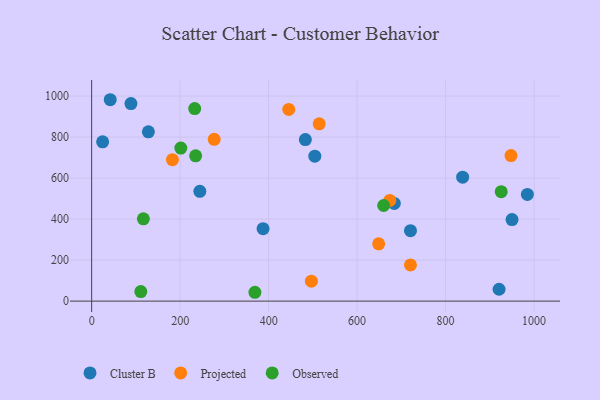
{"axis": {"x": "Distance", "y": "Sales"}, "legend": ["Cluster B", "Observed", "Projected"], "data": [{"x": "244.5", "y": 535.4, "type": "Cluster B"}, {"x": "984.8", "y": 520.5, "type": "Cluster B"}, {"x": "88.8", "y": 963.3, "type": "Cluster B"}, {"x": "128.2", "y": 825.6, "type": "Cluster B"}, {"x": "720.6", "y": 343.4, "type": "Cluster B"}, {"x": "504.4", "y": 706.7, "type": "Cluster B"}, {"x": "684.0", "y": 476.5, "type": "Cluster B"}, {"x": "387.4", "y": 353.3, "type": "Cluster B"}, {"x": "838.5", "y": 604.3, "type": "Cluster B"}, {"x": "42.0", "y": 982.1, "type": "Cluster B"}, {"x": "24.8", "y": 777.0, "type": "Cluster B"}, {"x": "950.1", "y": 397.6, "type": "Cluster B"}, {"x": "920.8", "y": 57.9, "type": "Cluster B"}, {"x": "483.0", "y": 787.7, "type": "Cluster B"}, {"x": "947.8", "y": 709.7, "type": "Projected"}, {"x": "496.6", "y": 97.1, "type": "Projected"}, {"x": "182.6", "y": 689.8, "type": "Projected"}, {"x": "445.5", "y": 934.7, "type": "Projected"}, {"x": "514.3", "y": 864.7, "type": "Projected"}, {"x": "648.7", "y": 279.3, "type": "Projected"}, {"x": "720.6", "y": 176.4, "type": "Projected"}, {"x": "277.0", "y": 789.1, "type": "Projected"}, {"x": "673.9", "y": 491.2, "type": "Projected"}, {"x": "235.0", "y": 708.5, "type": "Observed"}, {"x": "111.1", "y": 46.7, "type": "Observed"}, {"x": "116.9", "y": 401.2, "type": "Observed"}, {"x": "232.9", "y": 939.0, "type": "Observed"}, {"x": "369.0", "y": 43.1, "type": "Observed"}, {"x": "925.7", "y": 533.9, "type": "Observed"}, {"x": "201.5", "y": 746.1, "type": "Observed"}, {"x": "660.0", "y": 466.2, "type": "Observed"}]}